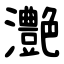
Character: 灔